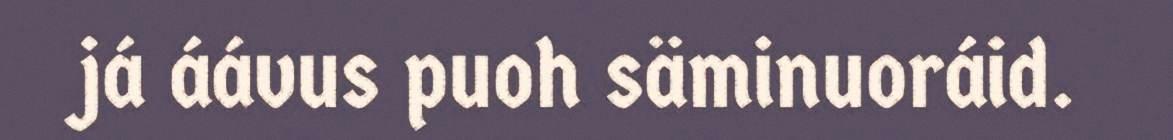
já áávus puoh säminuoráid.